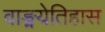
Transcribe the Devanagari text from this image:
वाङ्मयेतिहास